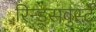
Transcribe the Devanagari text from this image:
रिन्ड्सवुर्स्टे